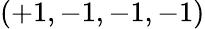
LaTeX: (+1,-1,-1,-1)